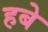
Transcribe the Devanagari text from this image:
हबे